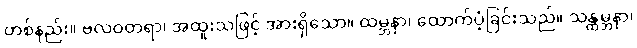
တစ်နည်း။ ဗလဝတရာ၊ အထူးသဖြင့် အားရှိသော။ ထမ္ဘနာ၊ ထောက်ပံ့ခြင်းသည်။ သန္ထမ္ဘနာ၊